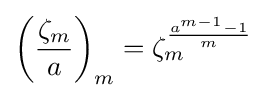
\left({\frac {\zeta _{m}}{a}}\right)_{m}=\zeta _{m}^{\frac {a^{m-1}-1}{m}}